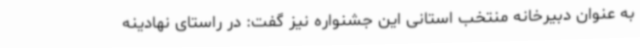
به عنوان دبیرخانه منتخب استانی این جشنواره نیز گفت: در راستای نهادینه